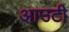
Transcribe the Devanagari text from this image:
आउटी